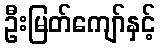
ဦးမြတ်ကျော်နှင့်